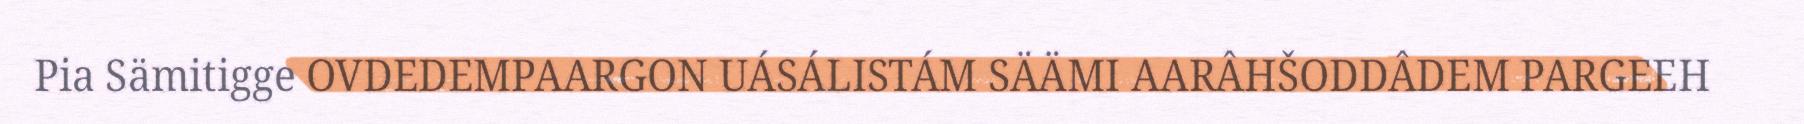
Pia Sämitigge OVDEDEMPAARGON UÁSÁLISTÁM SÄÄMI AARÂHŠODDÂDEM PARGEEH